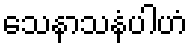
သေနာသနံပါဟံ